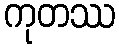
ကုတဿ